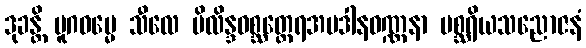
ဒုခန္တိ ပူဂဓမ္မေ သီလေ ပိလိန္ဒဝစ္ဆတ္ထေရအပဒါနဝဏ္ဏနာ မစ္ဆရိယသညောဇနံ